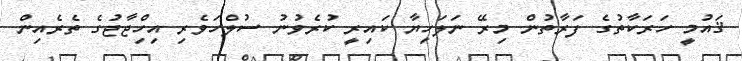
ޤައުމީ ހަރަކާތުގެ ފަރާތުން މިރޭ ނަލަހިޔާ ކައިރީ ކުރެވުނު ސުލްހަވެރި އިހްިޖާޖުގެ ތެރެއިން